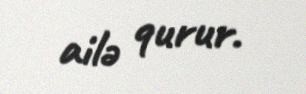
ailə qurur.